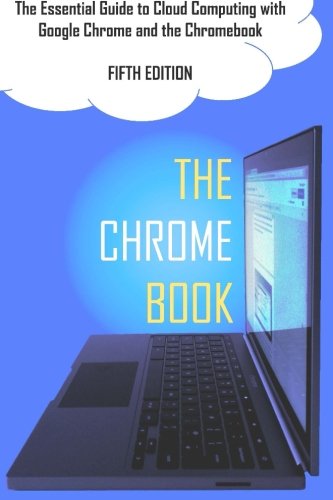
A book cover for The Chrome Book (Fifth Edition): The Essential Guide to Cloud Computing with Google Chrome and the Chromebook; C H Rome; Computers & Technology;